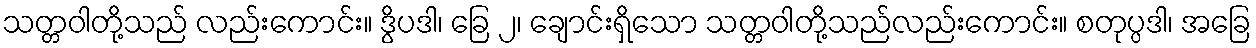
သတ္တဝါတို့သည် လည်းကောင်း။ ဒွိပဒါ၊ ခြေ ၂၊ ချောင်းရှိသော သတ္တဝါတို့သည်လည်းကောင်း။ စတုပ္ပဒါ၊ အခြေ